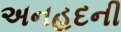
અનહદની